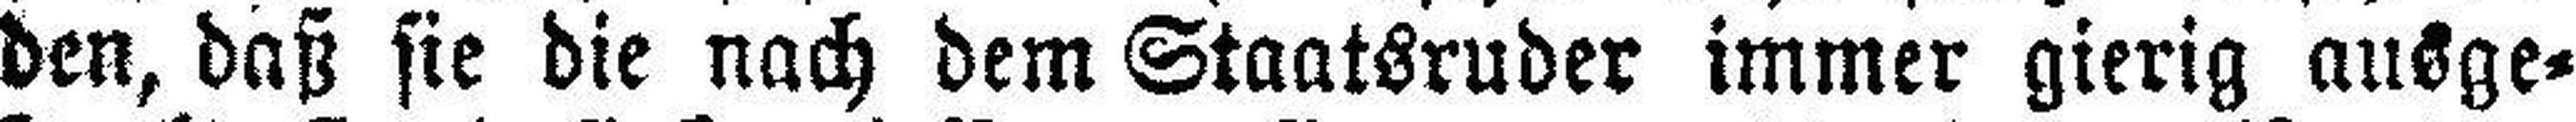
den, daß sie die nach dem Staatsruder immer gierig ausge¬